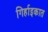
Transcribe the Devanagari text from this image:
गिर्हाइकात